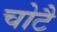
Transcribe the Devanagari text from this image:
चोटै